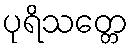
ပုရိသတ္တေ